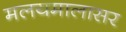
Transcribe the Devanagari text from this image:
मलयमालासर